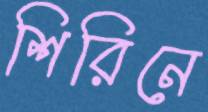
শিরিনে